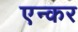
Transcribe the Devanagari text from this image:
एन्कर